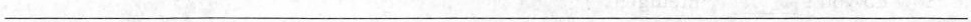
___